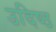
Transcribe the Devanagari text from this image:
उदिष्ठ